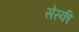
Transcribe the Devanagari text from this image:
सेस्की